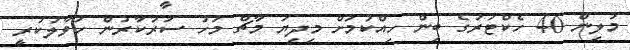
މުލިން 40 ހެކްޓަރުގެ ބިން ހިއްކުމަށް މިދިޔަ މާޗް މަހު ސަރުކާރުން ހަވާލުކުރީ